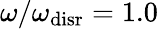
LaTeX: {\omega/\omega_{\mathrm{disr}}=1.0}